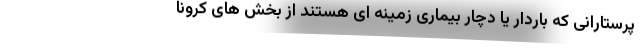
پرستارانی که باردار یا دچار بیماری زمینه ای هستند از بخش های کرونا